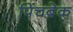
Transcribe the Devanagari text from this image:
पिंचबेक